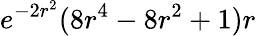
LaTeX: e^{-2r^{2}}(8r^{4}-8r^{2}+1)r